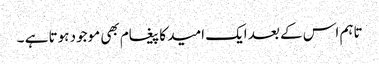
تاہم اس کے بعد ایک امید کا پیغام بھی موجود ہوتا ہے ۔